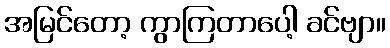
အမြင်တော့ ကွာကြတာပေါ့ ခင်ဗျာ။